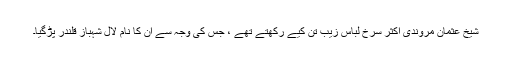
شیخ عثمان مروندی اکثر سرخ لباس زیب تن کیے رکھتے تھے ، جس کی وجہ سے ان کا نام لال شہباز قلندر پڑگیا۔